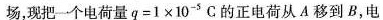
场，现把一个电荷量$$q = 1 \times 1 0 ^ { - 5 } C$$的正电荷从A移到B，电